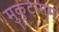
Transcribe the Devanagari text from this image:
मुकुटागम